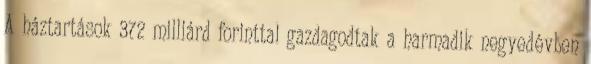
A háztartások 372 milliárd forinttal gazdagodtak a harmadik negyedévben